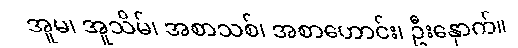
အူမ၊ အူသိမ်၊ အစာသစ်၊ အစာဟောင်း၊ ဦးနှောက်။